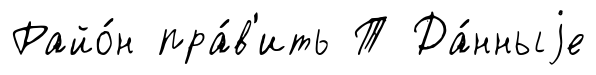
Райо́н пра́в'ить Т Да́нныjе